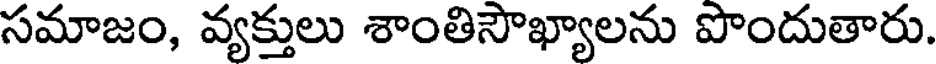
సమాజం, వ్యక్తులు శాంతిసౌఖ్యాలను పొందుతారు.